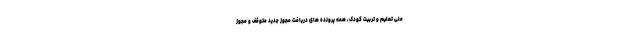
ملی تعلیم و تربیت کودک، همه پرونده های دریافت مجوز جدید متوقف و مجوز